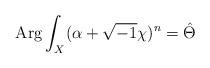
LaTeX: \begin{align*}{\rm Arg} \int_{X} (\alpha+ \sqrt{-1}\chi)^{n} = \hat{\Theta}\end{align*}